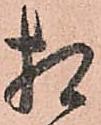
相